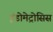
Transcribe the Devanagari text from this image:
इंडोमेट्रोसिस